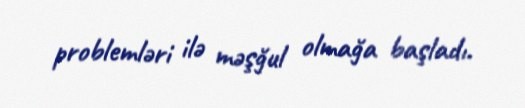
problemləri ilə məşğul olmağa başladı.